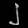
Digit: ၂